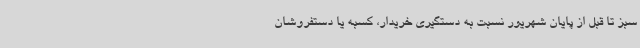
سبز تا قبل از پایان شهریور نسبت به دستگیری خریدار، کسبه یا دستفروشان